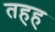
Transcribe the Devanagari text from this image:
तहह